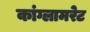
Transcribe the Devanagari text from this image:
कांग्लामरेट